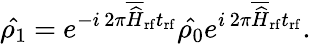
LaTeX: \hat{\rho_{1}}~{=}~e^{-i\, 2\pi\overline{{\widehat{H}}}_{\mathrm{rf}}t_{\mathrm{rf}}}\hat{\rho_{\mathrm{0}}}e^{i\, 2\pi\overline{{\widehat{H}}}_{\mathrm{rf}}t_{\mathrm{rf}}}.